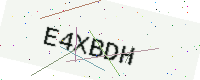
Text: E4XBDH